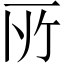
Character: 𫠦